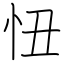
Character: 忸